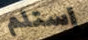
إستلم